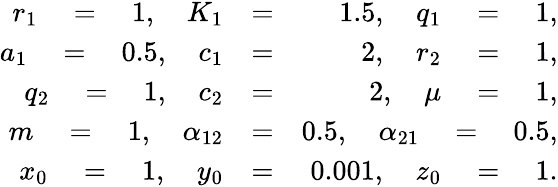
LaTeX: \begin{array}{rlr}{r_{1}\quad=\quad 1,\quad K_{1}}&{=}&{1.5,\quad q_{1}\quad=\quad 1,}\\ {a_{1}\quad=\quad 0.5,\quad c_{1}}&{=}&{2,\quad r_{2}\quad=\quad 1,}\\ {q_{2}\quad=\quad 1,\quad c_{2}}&{=}&{2,\quad\mu\quad=\quad 1,}\\ {m\quad=\quad 1,\quad\alpha_{12}}&{=}&{0.5,\quad\alpha_{21}\quad=\quad 0.5,}\\ {x_{0}\quad=\quad 1,\quad y_{0}}&{=}&{0.001,\quad z_{0}\quad=\quad 1.}\end{array}